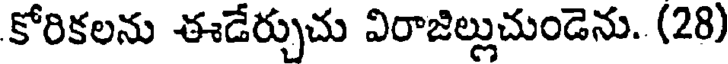
కోరికలను ఈడేర్చుచు విరాజిల్లుచుండెను. (28)